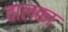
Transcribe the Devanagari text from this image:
वालका